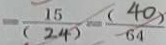
= \frac { 1 5 } { ( 2 4 ) } = \frac { ( 4 0 ) } { 6 4 }